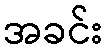
အခင်း